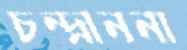
চন্দ্রাননা